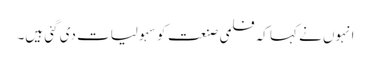
انہوں نے کہا کہ فلمی صنعت کو سہولیات دی گئی ہیں۔